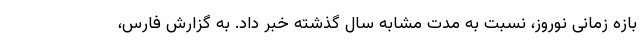
بازه زمانی نوروز، نسبت به مدت مشابه سال گذشته خبر داد. به گزارش فارس،